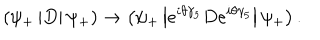
\left( \psi _ { + } \left| D \right| \psi _ { + } \right) \rightarrow \left( \psi _ { + } \left| e ^ { i \theta \gamma _ { 5 } } D e ^ { i \theta \gamma _ { 5 } } \right| \psi _ { + } \right) .